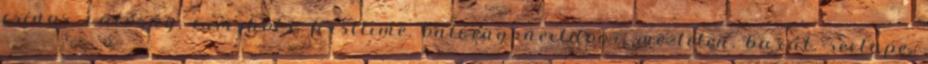
csinos, valóság, cumshots, firsttime, öntvény, nextdoor, meztelen, barát, sextape,